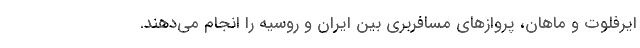
ایرفلوت و ماهان، پروازهای مسافربری بین ایران و روسیه را انجام می‌دهند.